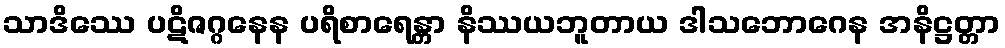
သာဒိဿေ ပဋိဇဂ္ဂနေန ပရိစာရေန္တာ နိဿယဘူတာယ ဒါသဘောဂေန အနိဋ္ဌတ္တာ